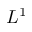
L ^ { 1 }